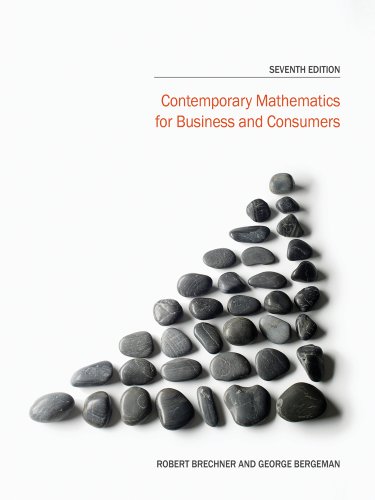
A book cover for Contemporary Mathematics for Business and Consumers; Robert Brechner; Business & Money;